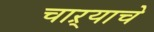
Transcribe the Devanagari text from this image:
चाऱ्याचे